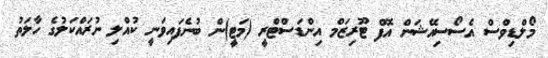
މޯލްޑިވްސް އެސޯސިއޭޝަން އޮފް ޓޫރިޒަމް އިންޑަސްޓްރީ (މަޓީ)ން ބުނެފައިވަނީ ކުއްލި ނުރައްކަލުގެ ހާލަތު